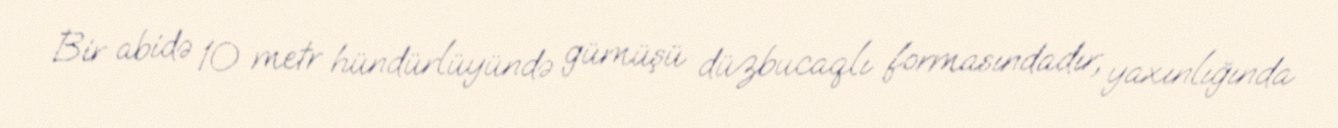
Bir abidə 10 metr hündürlüyündə gümüşü düzbucaqlı formasındadır, yaxınlığında